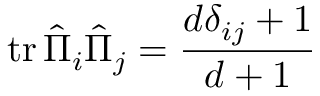
\operatorname { t r } { \hat { \Pi } } _ { i } { \hat { \Pi } } _ { j } = { \frac { d \delta _ { i j } + 1 } { d + 1 } }